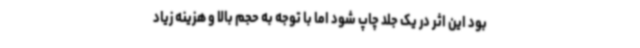
بود این اثر در یک جلد چاپ شود اما با توجه به حجم بالا و هزینه زیاد